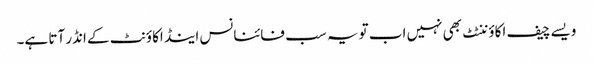
ویسے چیف اکاؤننٹٹ بھی نہیں اب تو یہ سب فائنانس اینڈ اکاؤنٹ کے انڈر آتا ہے۔